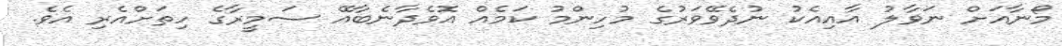
މޯނާއަށް ނަވާލު އާއިއެކު ނުދެވޭވަރުގެ މުހިންމު ކަމެއް އޮވެދާނެބާއޭ ސަމީރާގެ ހިތަށްއެރި އެވެ.